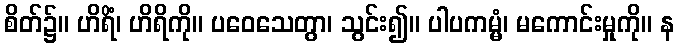
စိတ်၌။ ဟိရိံ၊ ဟိရိကို။ ပဝေသေတွာ၊ သွင်း၍။ ပါပကမ္မံ၊ မကောင်းမှုကို။ န